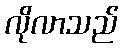
လိုလာသည်